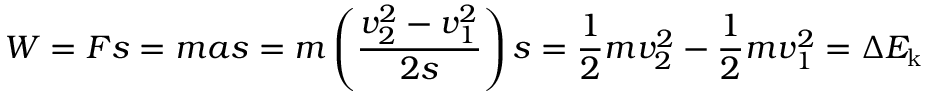
W = F s = m a s = m \left( { \frac { v _ { 2 } ^ { 2 } - v _ { 1 } ^ { 2 } } { 2 s } } \right) s = { \frac { 1 } { 2 } } m v _ { 2 } ^ { 2 } - { \frac { 1 } { 2 } } m v _ { 1 } ^ { 2 } = \Delta { E _ { \mathrm { k } } }